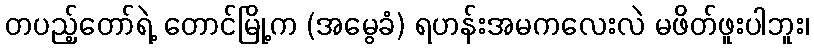
တပည့်တော်ရဲ့ တောင်မြို့က (အမွေခံ) ရဟန်းအမကလေးလဲ မဖိတ်ဖူးပါဘူး၊